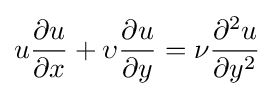
u{\partial u \over \partial x}+\upsilon {\partial u \over \partial y}={\nu }{\partial ^{2}u \over \partial y^{2}}